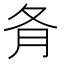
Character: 𡕙